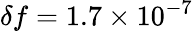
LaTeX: \delta f=1.7\times 10^{-7}